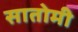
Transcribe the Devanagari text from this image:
सातोमी